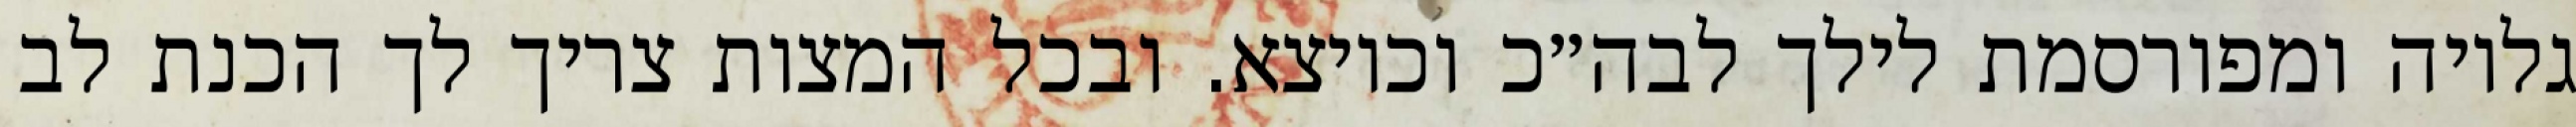
גלויה ומפורסמת לילך לבה״כ וכיוצא. ובכל המצות צריך לך הכנת לב